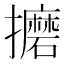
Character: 𫾚